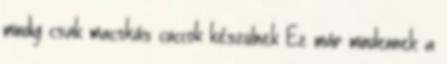
mindig csak macskás cuccok készülnek Ez már mindennek a